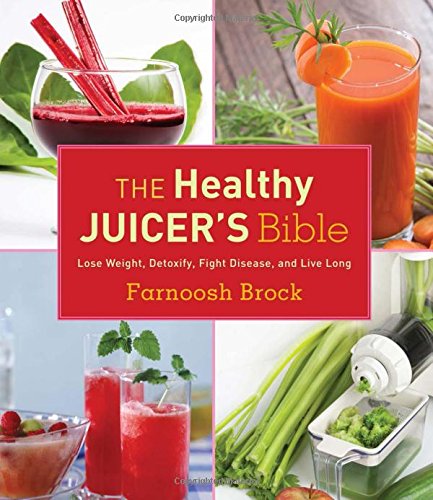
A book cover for The Healthy Juicer's Bible: Lose Weight, Detoxify, Fight Disease, and Live Long; Farnoosh Brock; Cookbooks, Food & Wine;